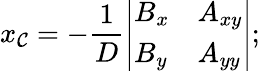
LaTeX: x_{\mathcal{C}}=-{\frac{{1}}{{D}}}{\left|\begin{array}{ll}{B_{x}}&{A_{xy}}\\ {B_{y}}&{A_{yy}}\end{array}\right|};